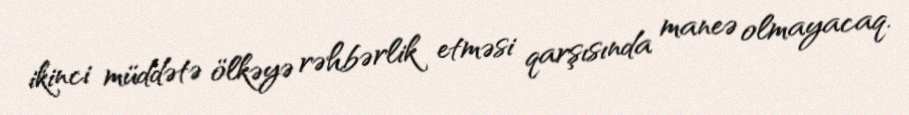
ikinci müddətə ölkəyə rəhbərlik etməsi qarşısında maneə olmayacaq.